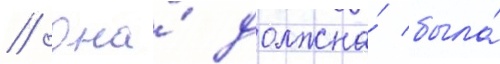
// Она́ должна́ была́